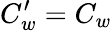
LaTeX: C_{w}^{\prime}=C_{w}